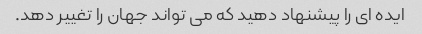
ایده ای را پیشنهاد دهید که می تواند جهان را تغییر دهد.